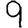
Digit: 9